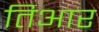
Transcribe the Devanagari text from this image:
तिआर